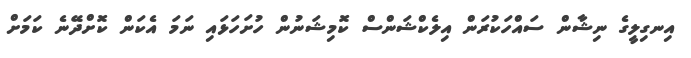
އިނގިލީގެ ނިޝާން ސައްހަކުރަން އިލެކްޝަންސް ކޮމިޝަނުން ހުށަހަޅައި ނަމަ އެކަން ކޮށްދޭނެ ކަމަށް